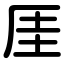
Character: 厓